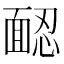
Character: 𩈢